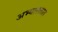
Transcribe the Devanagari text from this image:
अभ्यासतात